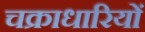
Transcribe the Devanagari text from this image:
चक्राधारियों